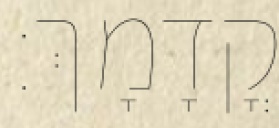
קֳדָמָךְ׃